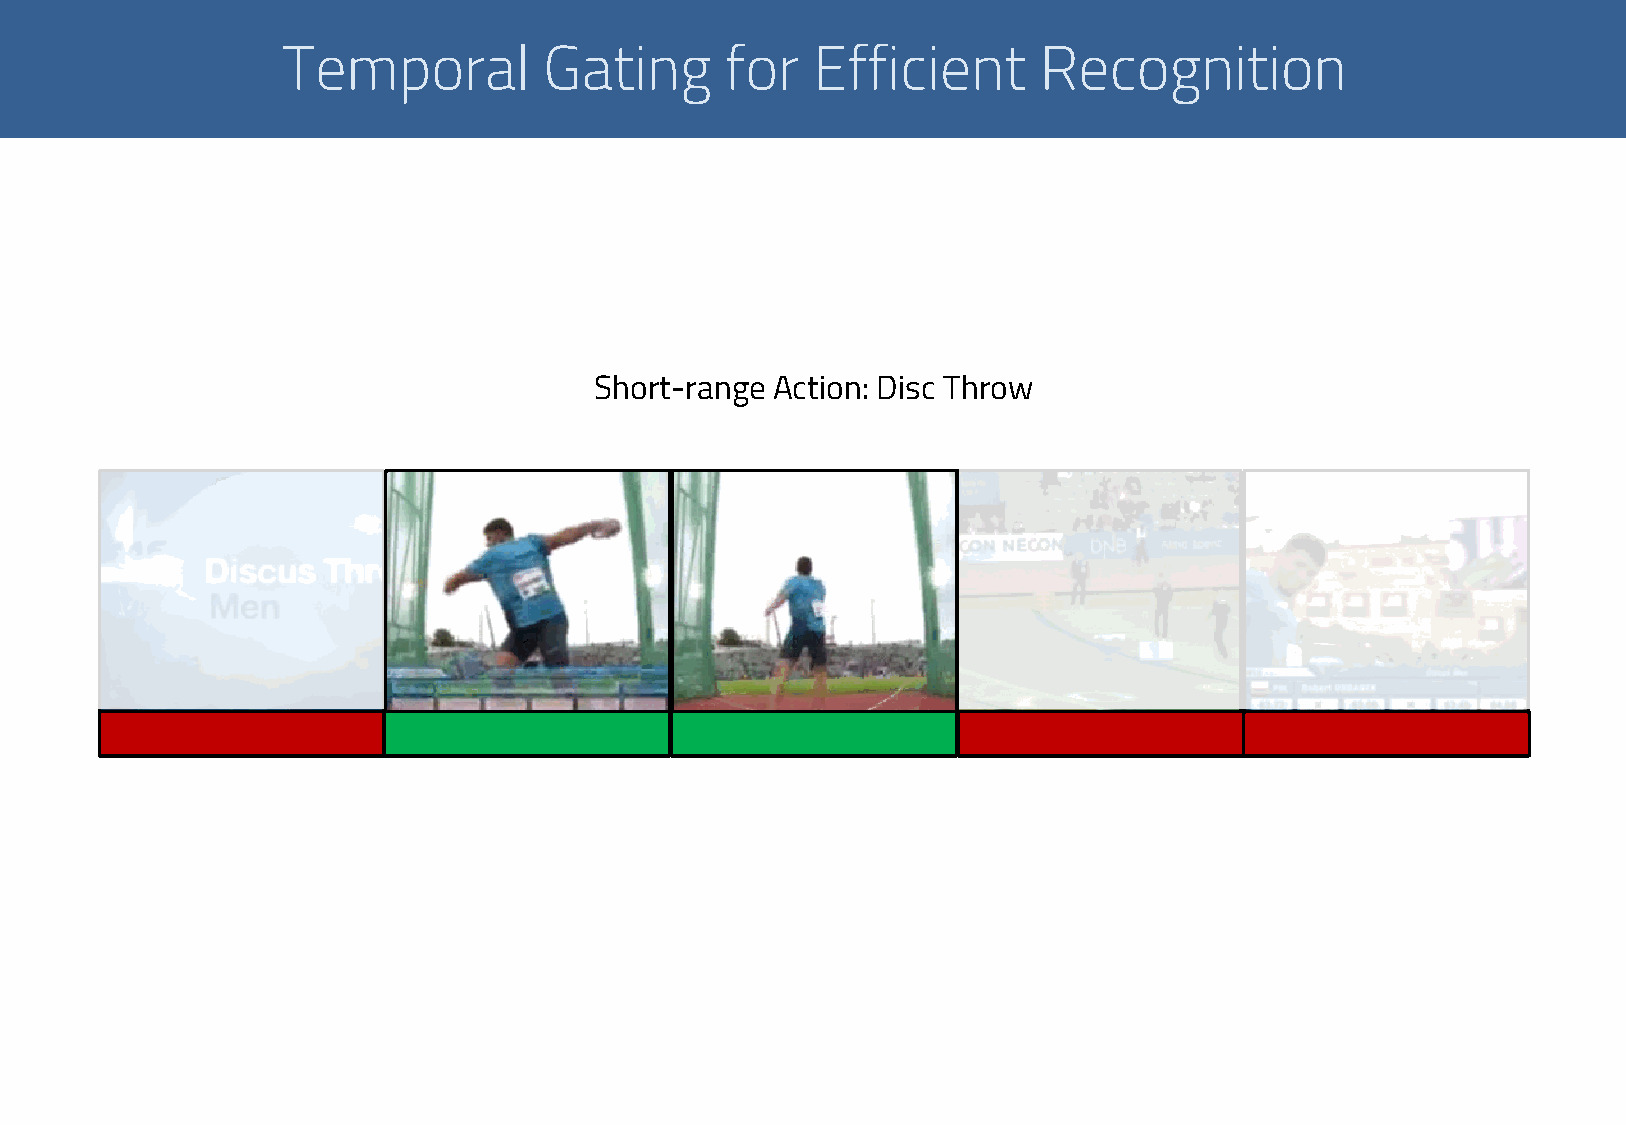
Temporal         Gating      for   Efficient      Recognition
 Short-range Action: Disc Throw